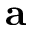
\mathbf { a }